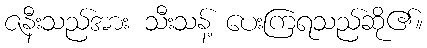
ဇနီးသည်အား သီးသန့် ပေးကြရသည်ဆို၏။